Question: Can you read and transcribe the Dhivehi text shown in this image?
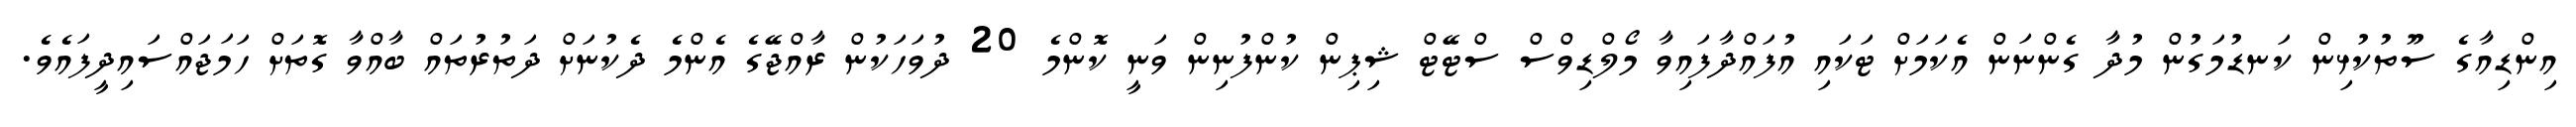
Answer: އިންޑިއާގެ ސޫތުކުޅިން ކަނޑުމަގުން މުދާ ގެންނަން އެކަމަށް ޓަކައި އުފައްދާފައިވާ މޯލްޑިވްސް ސްޓޭޓް ޝިޕިން ކުންފުނިން ވަނީ ކޮންމެ 20 ދުވަހަކުން ރާއްޖޭގެ އެންމެ ދެކުނަށް ދަތުރުތައް ބާއްވާ ގޮތަށް ހަމަޖައްސައިދީފައެވެ.